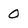
Character: 0